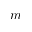
m